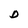
Character: D